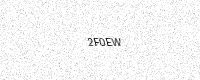
Text: 2F0EW